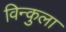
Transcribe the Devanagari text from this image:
विन्कुला